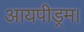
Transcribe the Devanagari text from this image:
आयपीड्रम।